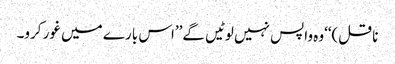
ناقل)‘‘وہ واپس نہیں لوٹیں گے’’اس بارے میں غور کرو۔